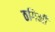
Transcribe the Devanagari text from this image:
ठगिनी